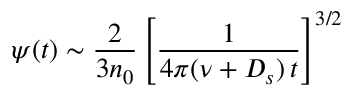
\psi ( t ) \sim \frac { 2 } { 3 n _ { 0 } } \left[ \frac { 1 } { 4 \pi ( \nu + D _ { s } ) \, t } \right] ^ { 3 / 2 }